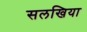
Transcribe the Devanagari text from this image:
सलखिया